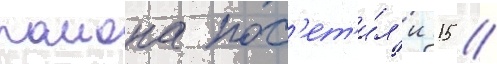
раиона пос'ет'и́л'и 15 /